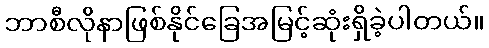
ဘာစီလိုနာဖြစ်နိုင်ခြေအမြင့်ဆုံးရှိခဲ့ပါတယ်။